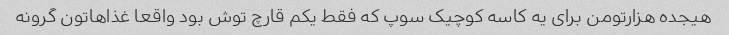
هیجده هزارتومن برای یه کاسه کوچیک سوپ که فقط یکم قارچ توش بود واقعا غذاهاتون گرونه